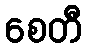
စေတီ